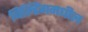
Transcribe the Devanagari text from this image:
बिल्डिंगमधील